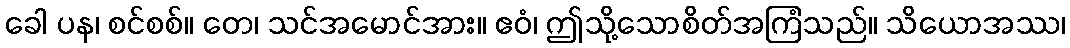
ခေါ ပန၊ စင်စစ်။ တေ၊ သင်အမောင်အား။ ဧဝံ၊ ဤသို့သောစိတ်အကြံသည်။ သိယောအဿ၊